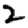
Digit: 2